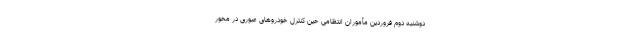
دوشنبه دوم فروردین مأموران انتظامی حین کنترل خودروهای عبوری در محور